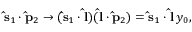
{ \bf \hat { s } } _ { 1 } \cdot { \bf \hat { p } } _ { 2 } \rightarrow ( { \bf \hat { s } } _ { 1 } \cdot { \bf \hat { l } } ) ( { \bf \hat { l } } \cdot { \bf \hat { p } } _ { 2 } ) = { \bf \hat { s } } _ { 1 } \cdot { \bf \hat { l } } \, y _ { 0 } ,